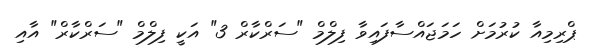
ޕްރިމިއާ ކުރުމަށް ހަމަޖައްސާފައިވާ ފިލްމް "ސަރްކާރް 3" އަކީ ފިލްމް "ސަރްކާރް" އާއި